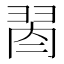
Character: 𦐯